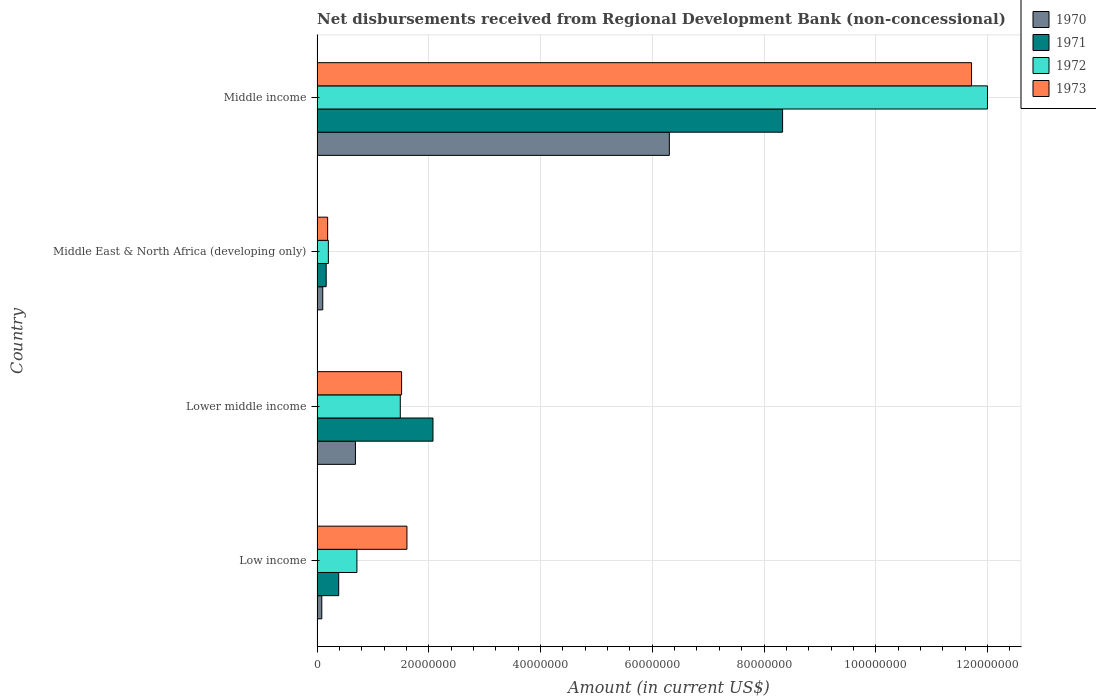
| Country | 1970 | 1971 | 1972 | 1973 |
 | --- | --- | --- | --- | --- |
 | Low income | 8.5e+05 | 3.88e+06 | 7.14e+06 | 1.61e+07 |
 | Lower middle income | 6.87e+06 | 2.08e+07 | 1.49e+07 | 1.51e+07 |
 | Middle East & North Africa (developing only) | 1.02e+06 | 1.64e+06 | 2.02e+06 | 1.9e+06 |
 | Middle income | 6.31e+07 | 8.33e+07 | 1.2e+08 | 1.17e+08 |